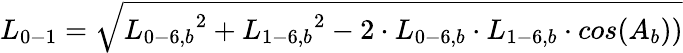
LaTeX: {L_{0-1}}=\sqrt{{L_{0-6,b}}^{2}+{L_{1-6,b}}^{2}-2\cdot{L_{0-6,b}}\cdot{L_{1-6,b}}\cdot cos({A_{b}}))}